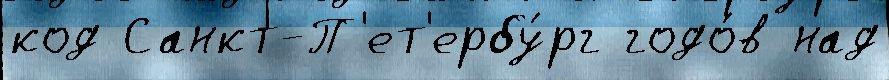
код Санкт-П'ет'ербу́рг годо́в над